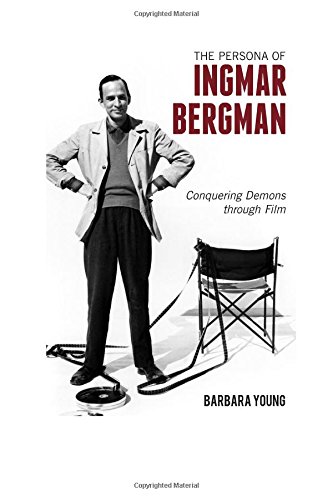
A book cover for The Persona of Ingmar Bergman: Conquering Demons through Film; Barbara Young; Humor & Entertainment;